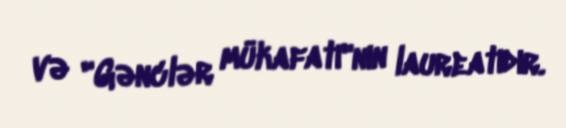
və "Gənclər mükafatı"nın laureatıdır.